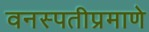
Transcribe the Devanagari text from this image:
वनस्पतीप्रमाणे